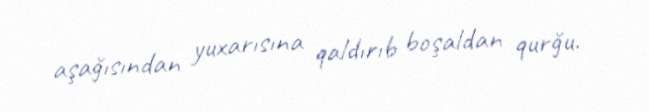
aşağısından yuxarısına qaldırıb boşaldan qurğu.